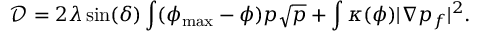
\mathcal D = 2 \lambda \sin ( \delta ) \int ( \phi _ { \mathrm { m a x } } - \phi ) p \sqrt { p } + \int \kappa ( \phi ) | \nabla p _ { f } | ^ { 2 } .